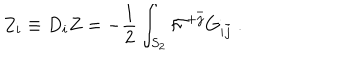
Z _ { i } \equiv D _ { i } Z = - { \frac { 1 } { 2 } } \int _ { S _ { 2 } } { \cal F } ^ { + \bar { j } } G _ { i \bar { j } } \ .